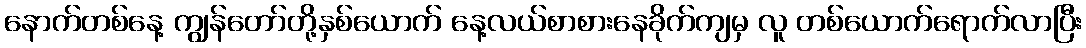
နောက်တစ်နေ့ ကျွန်တော်တို့နှစ်ယောက် နေ့လယ်စာစားနေခိုက်ကျမှ လူ တစ်ယောက်ရောက်လာပြီး